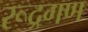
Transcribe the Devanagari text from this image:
रूद्रगण